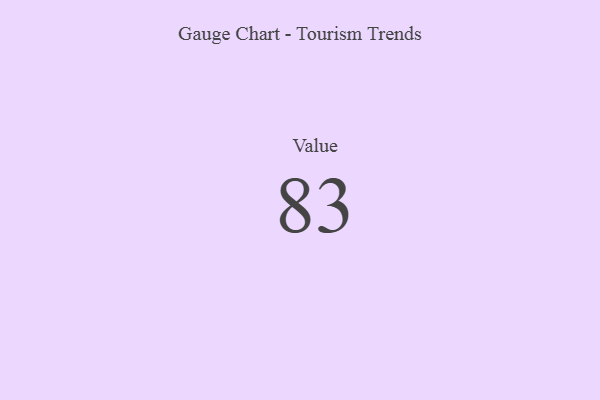
{"axis": {"x": "Metric", "y": "Value"}, "legend": [""], "data": [{"x": "Value", "y": 83, "type": ""}]}